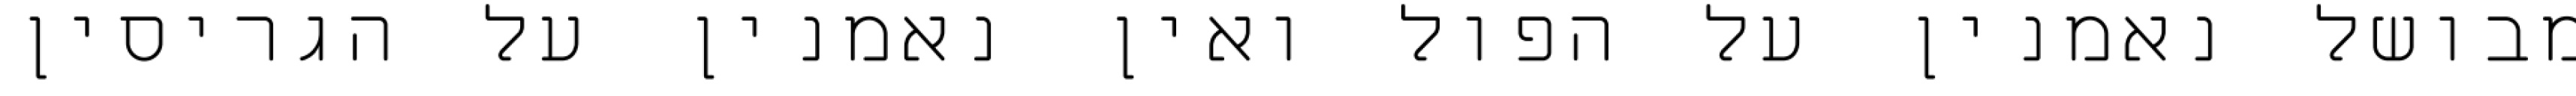
מבושל נאמנין על הפול ואין נאמנין על הגריסין